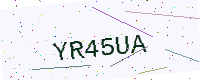
Text: YR45UA